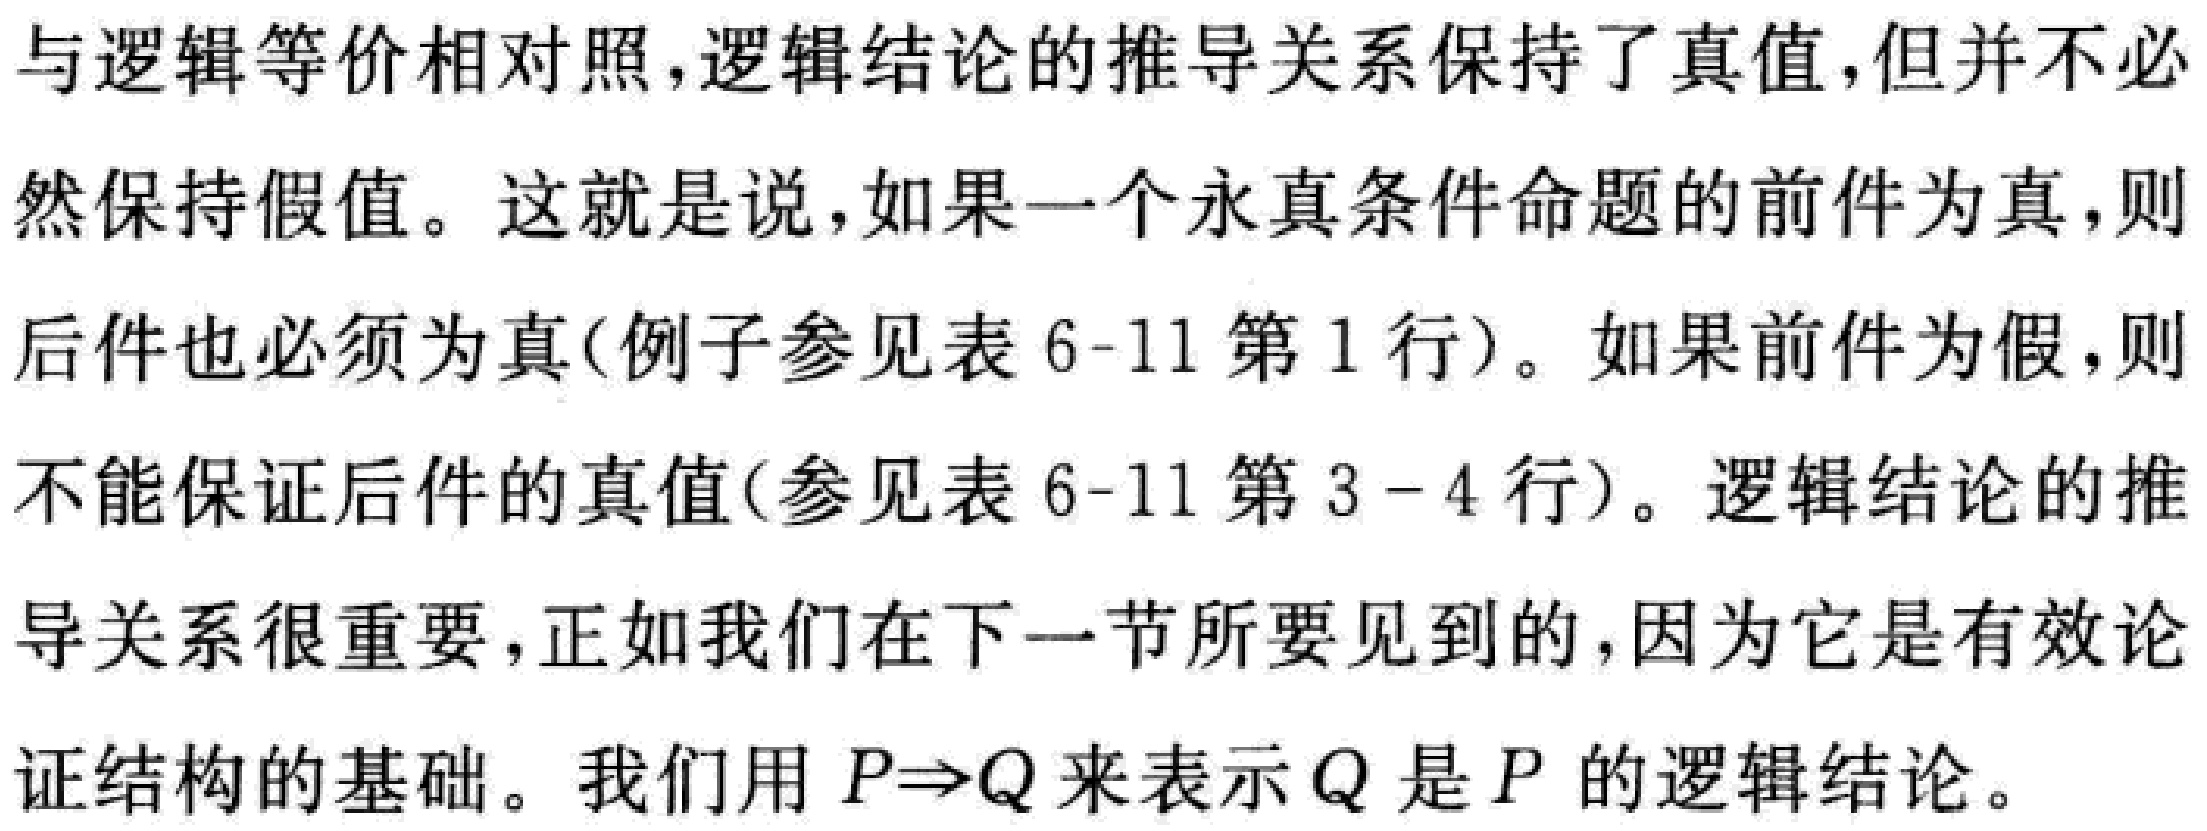
与逻辑等价相对照,逻辑结论的推导关系保持了真值,但并不必然保持假值。这就是说,如果一个永真条件命题的前件为真,则后件也必须为真(例子参见表6-11第1行)。如果前件为假,则不能保证后件的真值(参见表6-11第3 - 4行)。逻辑结论的推导关系很重要,正如我们在下一节所要见到的,因为它是有效论证结构的基础。我们用 \(P\Rightarrow Q\) 来表示 \(Q\) 是 \(P\) 的逻辑结论。